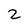
Character: 2